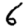
Digit: 6